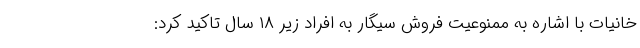
خانیات با اشاره به ممنوعیت فروش سیگار به افراد زیر ۱۸ سال تاکید کرد: